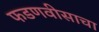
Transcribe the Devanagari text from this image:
फडणवीसाचा